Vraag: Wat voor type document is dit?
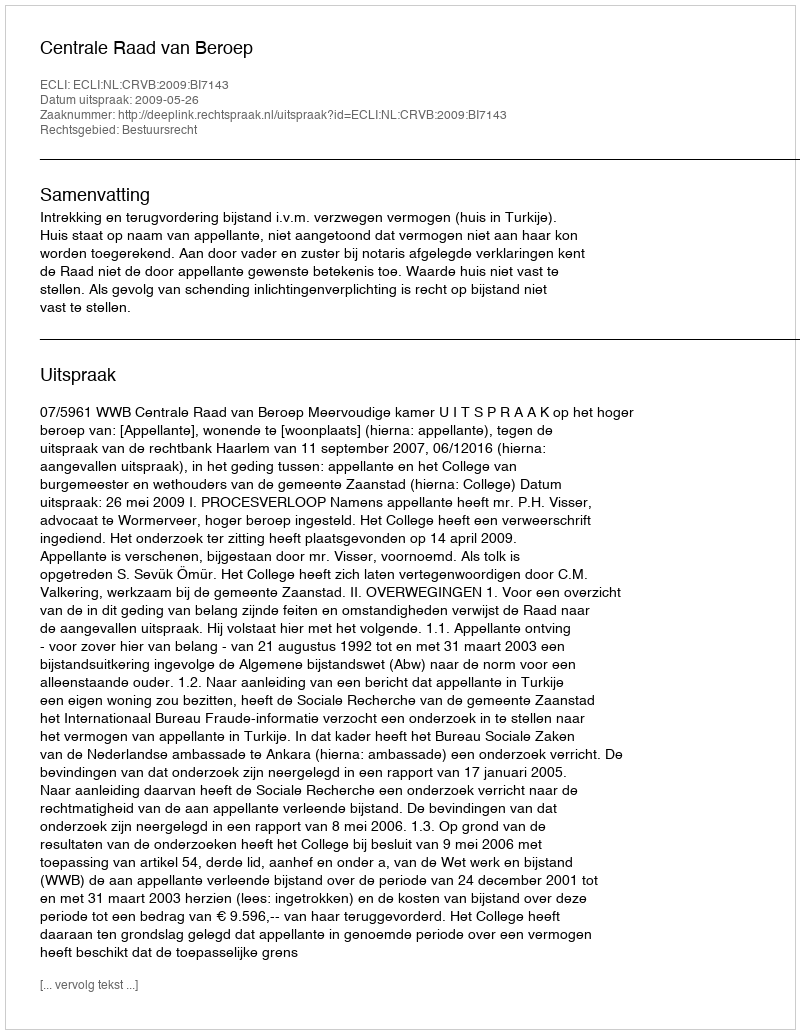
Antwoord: Uitspraak